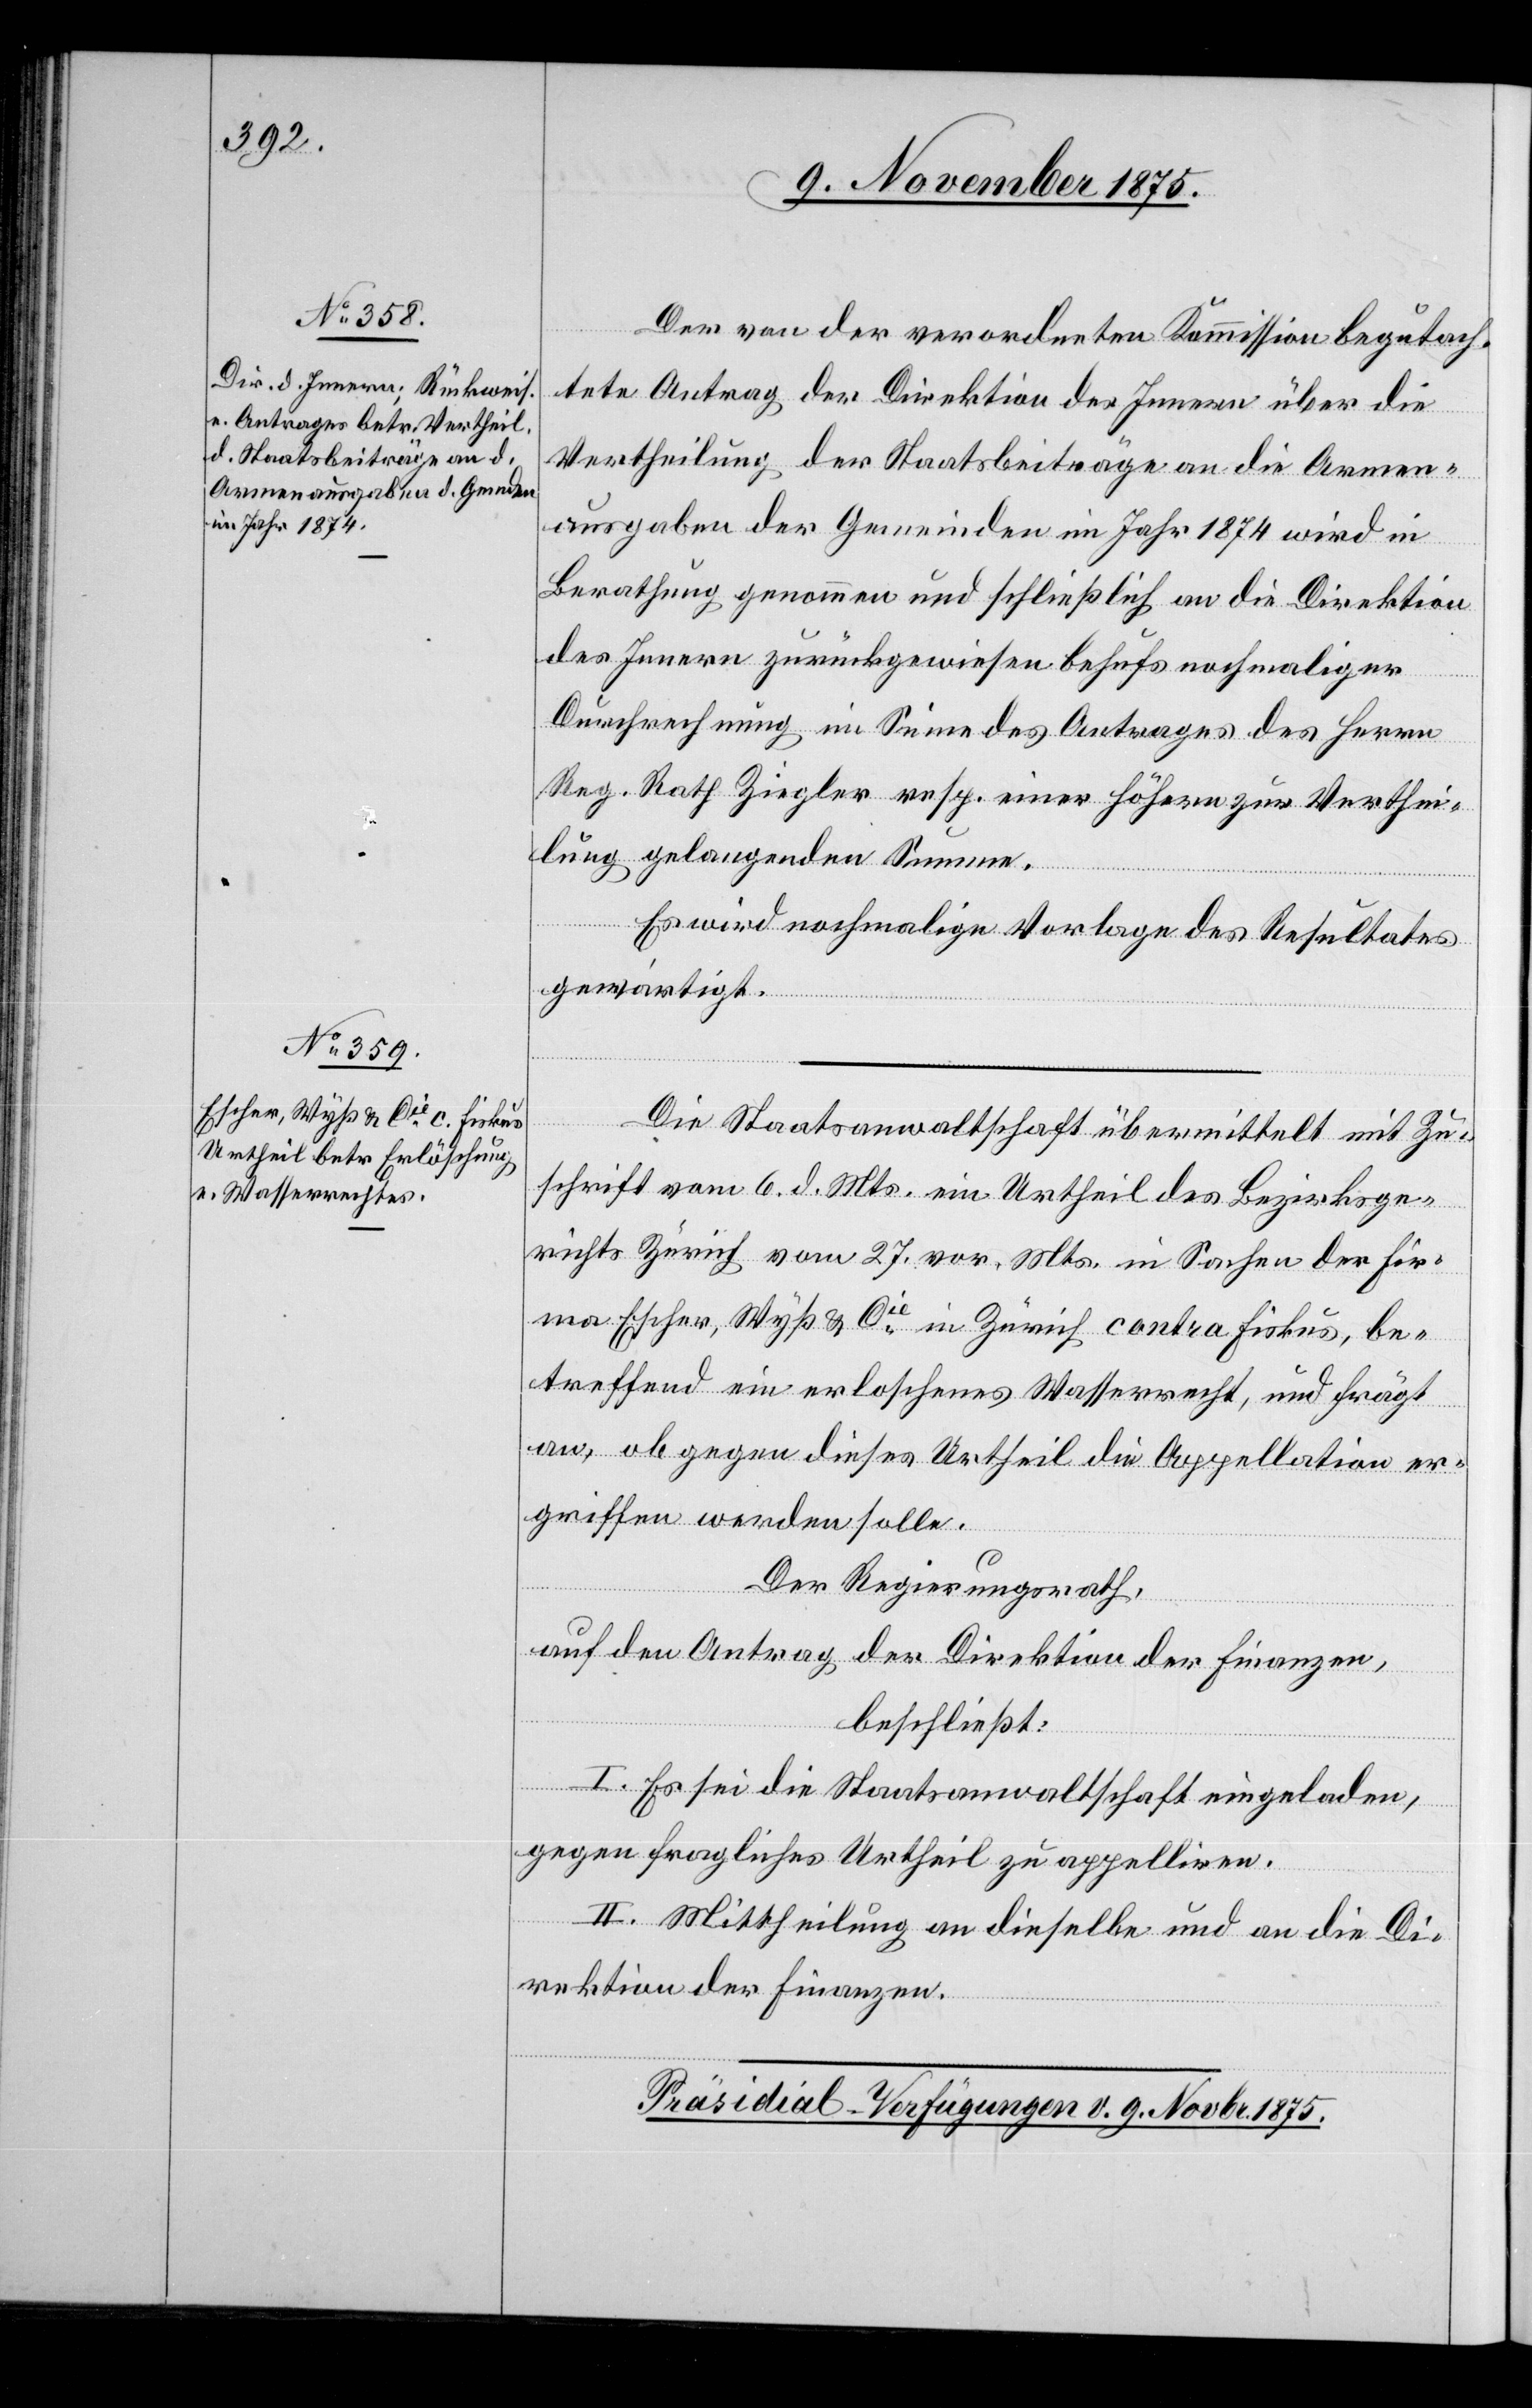
Der von der verordneten Kommission begutach¬
tete Antrag der Direktion des Innern über die
Vertheilung der Staatsbeiträge an die Armen¬
ausgaben der Gemeinden im Jahr 1874 wird in
Berathung genommen und schließlich an die Direktion
des Innern zurückgewiesen behufs nochmaliger
Durchrechnung im Sinne des Antrages des Herrn
Reg. Rath Ziegler resp. einer höhern zur Verthei¬
lung gelangenden Summe.
Es wird nochmalige Vorlage des Resultates
gewärtigt.
Die Staatsanwaltschaft übermittelt mit Zu¬
schrift vom 6. d. Mts. ein Urtheil des Bezirksge¬
richts Zürich vom 27. vor. Mts. in Sachen der Fir¬
ma Escher, Wyß & Cie in Zürich contra Fiskus, be¬
treffend ein erloschenes Wasserrecht, und frägt
an, ob gegen dieses Urtheil die Appellation er¬
griffen werden solle.
Der Regierungsrath,
auf den Antrag der Direktion der Finanzen,
beschließt:
I. Es sei die Staatsanwaltschaft eingeladen,
gegen fragliches Urtheil zu appelliren.
II. Mittheilung an dieselbe und an die Di¬
rektion der Finanzen.